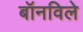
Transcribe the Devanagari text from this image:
बॉनविले